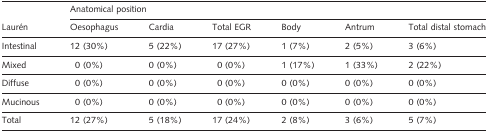
|  | <COLSPAN=6> Anatomical position |
 | Laurén | Oesophagus | Cardia | Total EGR | Body | Antrum | Total distal stomach |
 | --- | --- | --- | --- | --- | --- | --- |
 | Intestinal | 12 (30%) | 5 (22%) | 17 (27%) | 1 (7%) | 2 (5%) | 3 (6%) |
 | Mixed | 0 (0%) | 0 (0%) | 0 (0%) | 1 (17%) | 1 (33%) | 2 (22%) |
 | Diffuse | 0 (0%) | 0 (0%) | 0 (0%) | 0 (0%) | 0 (0%) | 0 (0%) |
 | Mucinous | 0 (0%) | 0 (0%) | 0 (0%) | 0 (0%) | 0 (0%) | 0 (0%) |
 | Total | 12 (27%) | 5 (18%) | 17 (24%) | 2 (8%) | 3 (6%) | 5 (7%) |